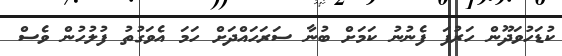
ކުޑަހުވަދޫން ހަރުފަ ފެނުނު ކަމަށް ބުނާ ސަރަހައްދަށް ހަމަ އެވަގުތު ފުލުހުން ވެސް